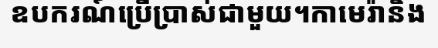
ឧបករណ៍ប្រើប្រាស់ជាមួយ។កាមេរ៉ានិង